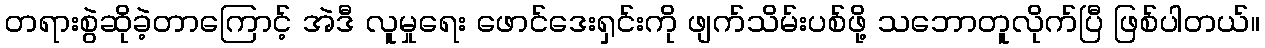
တရားစွဲဆိုခဲ့တာကြောင့် အဲဒီ လူမှုရေး ဖောင်ဒေးရှင်းကို ဖျက်သိမ်းပစ်ဖို့ သဘောတူလိုက်ပြီ ဖြစ်ပါတယ်။